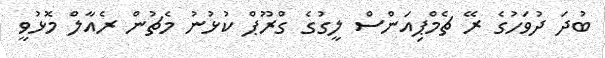
ބުދަ ދުވަހުގެ ރޭ ޗެމްޕިއަންސް ލީގުގެ ގްރޫޕް ކުޅުނު މެޗުން ރެއާލް މޮޅުވީ